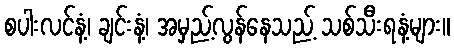
စပါးလင်နံ့၊ ချင်းနံ့၊ အမှည့်လွန်နေသည့် သစ်သီးရနံ့များ။